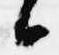
候